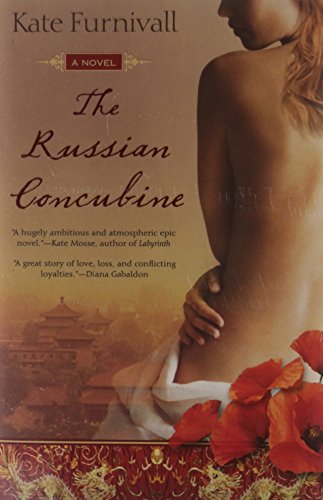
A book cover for The Russian Concubine; Kate Furnivall; Romance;